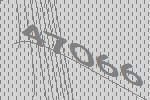
47066